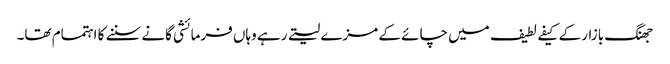
جھنگ بازار کے کیفے لطیف میں چائے کے مزے لیتے رہے وہاں فرمائشی گانے سننے کا اہتمام تھا۔